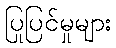
ပြုပြင်မှုများ